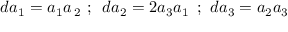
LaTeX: d a _ { 1 } = a _ { 1 } a \, _ { 2 } \, \, ; \, \, \, d a _ { 2 } = 2 a _ { 3 } a _ { 1 } \, \, \, ; \, \, d a _ { 3 } = a _ { 2 } a _ { 3 }